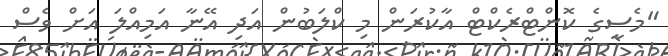
"މެސީގެ ކޮންޓްރެކްޓް އާކުރަން މި ކްލަބުން އަދި އޭނާ އަމިއްލަ އަށް ވެސް